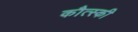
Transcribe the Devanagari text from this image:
कौत्स्की